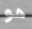
هو